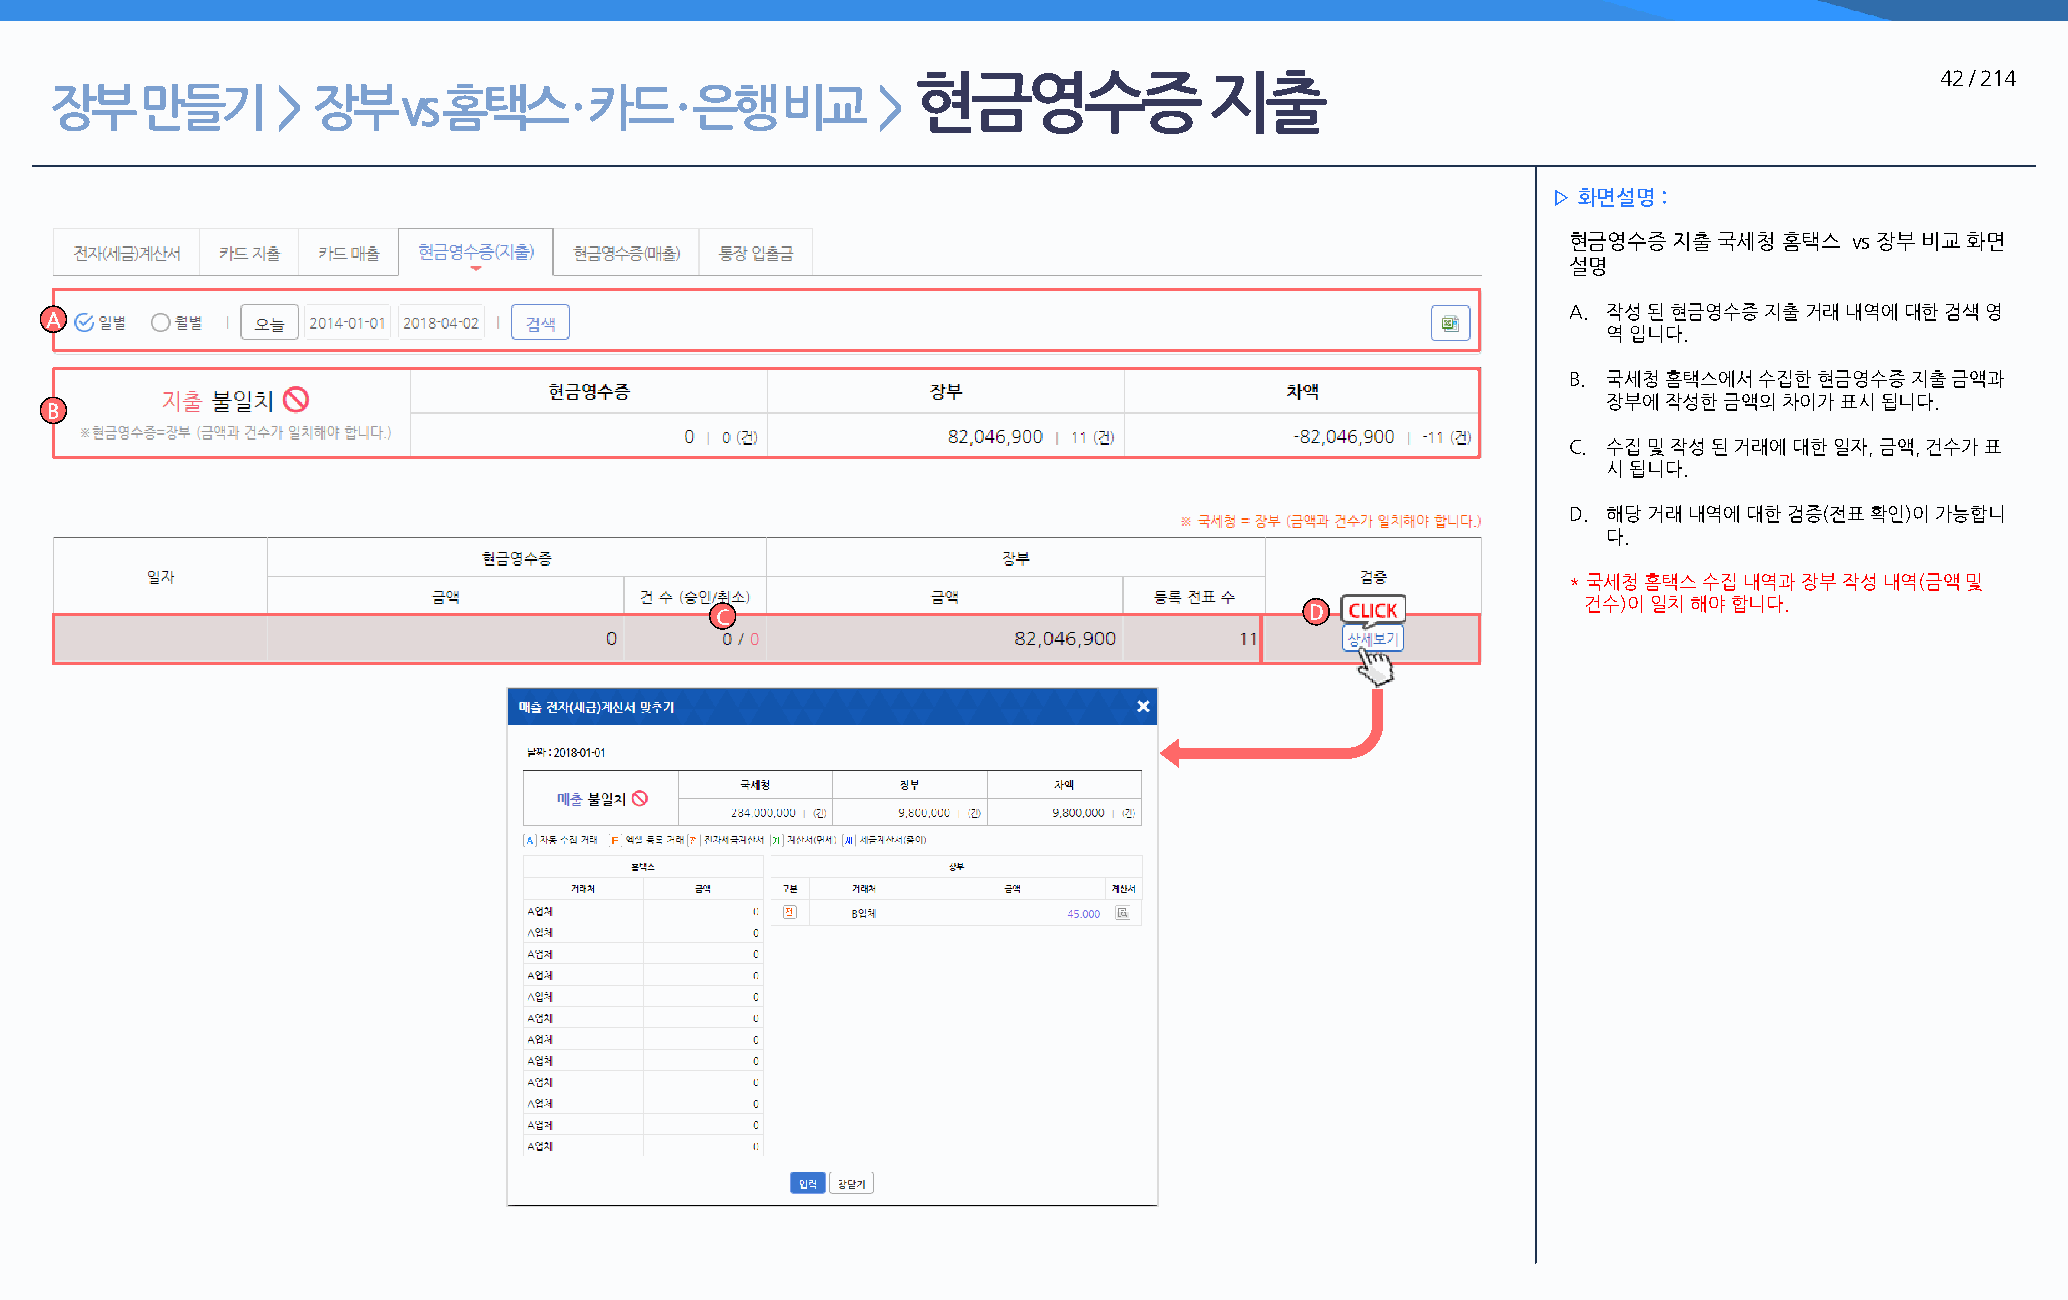
현금영수증               지출                                              42 / 214
 장부    만들기      >  장부    vs 홈택스     · 카드   · 은행   비교    >
 ▷ 화면설명 :
 현금영수증  지출 국세청 홈택스  vs 장부 비교 화면
 설명
 A. 작성 된 현금영수증 지출 거래 내역에 대한 검색 영
 A
 역 입니다.
 B. 국세청 홈택스에서 수집한 현금영수증 지출 금액과
 장부에 작성한 금액의 차이가 표시 됩니다.
 B
 C. 수집 및 작성 된 거래에 대한 일자, 금액, 건수가 표
 시 됩니다.
 D. 해당 거래 내역에 대한 검증(전표 확인)이 가능합니
 다.
 * 국세청 홈택스 수집 내역과 장부 작성 내역(금액 및
 건수)이 일치 해야 합니다.
 C                                       D